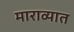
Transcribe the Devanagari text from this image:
माराव्यात